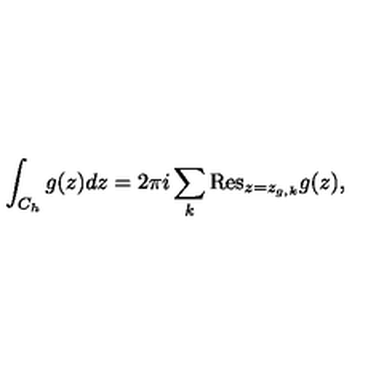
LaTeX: \int _ { C _ { h } } { g ( z ) d z } = 2 \pi i \sum _ { k } { \mathrm { R e s } } _ { z = z _ { g , k } } g ( z ) ,